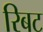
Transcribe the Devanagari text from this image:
रिबट